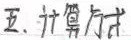
五、计算公式